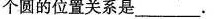
个圆的位置关系是__________。